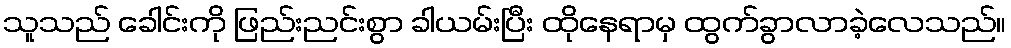
သူသည် ခေါင်းကို ဖြည်းညင်းစွာ ခါယမ်းပြီး ထိုနေရာမှ ထွက်ခွာလာခဲ့လေသည်။